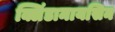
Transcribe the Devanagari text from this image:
क्लिंडामायसिन